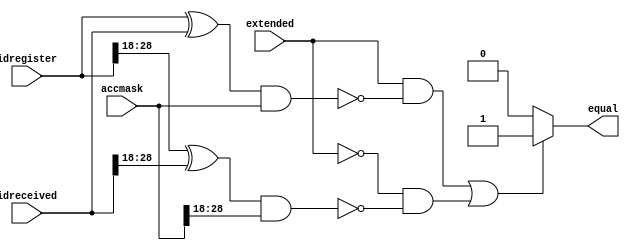
////////////////////////////////////////////////////////////////////////////////////////////////////
//
// Interessengruppe fuer Mikroelektronik und Eingebettete Systeme (IMES)
// Fachhochschule Dortmund
//
// Tool         : Mentor Graphics HDL Designer(TM) 2015.1b (Build 4)
// Description  : equal_id: Akzeptanzprfung im LLC, verglichen wird id aus dem arbitration
//                register in IOCPU (rarbit) mit empfangener aus MAC, decapsulation. equal=1,
//                wenn gleich. Zur Extrahierbarkeit von LLC_fsm eingebaut
//                Empfangsbedingung wird hier ueberprft. Acceptance Mask und idregister legen 
//                diese fest.
// Commentary   :  
//
// Changelog:
// -------------------------------------------------------------------------------------------------
// Version | Author             | Date       | Changes
// -------------------------------------------------------------------------------------------------
// 0.9     | Leduc              | 08.04.2019 | created
// -------------------------------------------------------------------------------------------------
//
////////////////////////////////////////////////////////////////////////////////////////////////////

//`resetall
//`timescale 1ns/10ps
//`default_nettype none

module equal_id2 (
  input wire        extended,     // IOCPU, recmescontrolreg
  input wire [28:0] idregister,   // IOCPU, rarbit
  input wire [28:0] idreceived,   // MAC, decapsulation
  input wire [28:0] accmask,      // NEU Acception Mask
  output reg        equal         // LLC_FSM
);
//tmrg default triplicate
//tmrg tmr_error false 

always @(extended, idregister, idreceived, accmask)
 begin
   if (  ((extended == 1'b1) & (( (idregister        ^ idreceived)        & accmask)        == 29'd0)) | 
         ((extended == 1'b0) & ((((idregister[28:18] ^ idreceived[28:18]) & accmask[28:18]) == 11'd0)))  )
    equal = 1'b1;
   else
    equal = 1'b0;
 end
endmodule